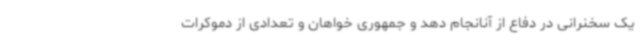
یک سخنرانی در دفاع از آنانجام دهد و جمهوری خواهان و تعدادی از دموکرات